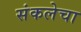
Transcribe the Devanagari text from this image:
संकलेचा